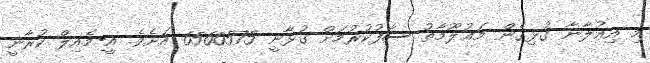
މި އިޢުލާނާ ގުޅިގެން މަޢުލޫމާތު ސާފުކުރުމަށް ގުޅާނީ 6560575 އަށެވެ. އީ-މެއިލް ކުރާނީ